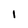
Character: 1